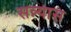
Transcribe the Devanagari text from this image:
सन्न्यास